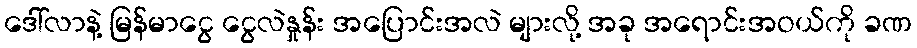
ဒေါ်လာနဲ့ မြန်မာငွေ ငွေလဲနှုန်း အပြောင်းအလဲ များလို့ အခု အရောင်းအဝယ်ကို ခဏ